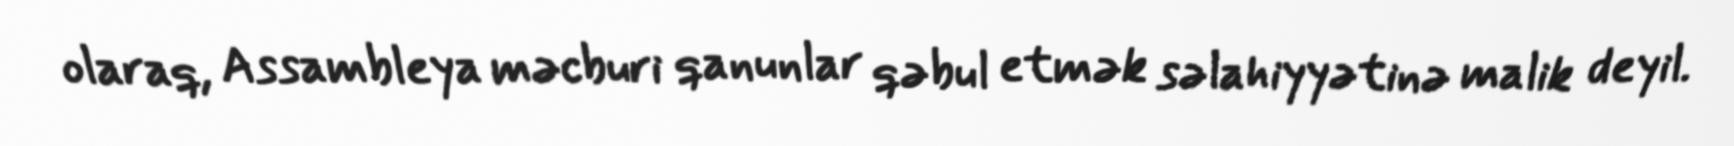
olaraq, Assambleya məcburi qanunlar qəbul etmək səlahiyyətinə malik deyil.